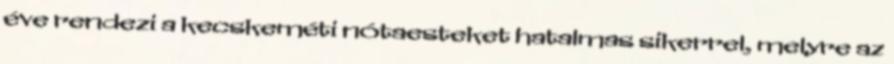
éve rendezi a kecskeméti nótaesteket hatalmas sikerrel, melyre az